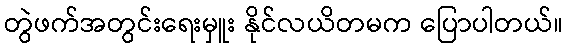
တွဲဖက်အတွင်းရေးမှူး နိုင်လယိတမက ပြောပါတယ်။